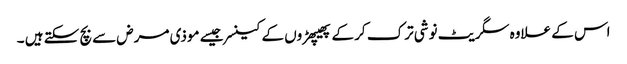
اس کے علاوہ سگریٹ نوشی ترک کر کے پھیپھڑوں کے کینسر جیسے موذی مرض سے بچ سکتے ہیں ۔